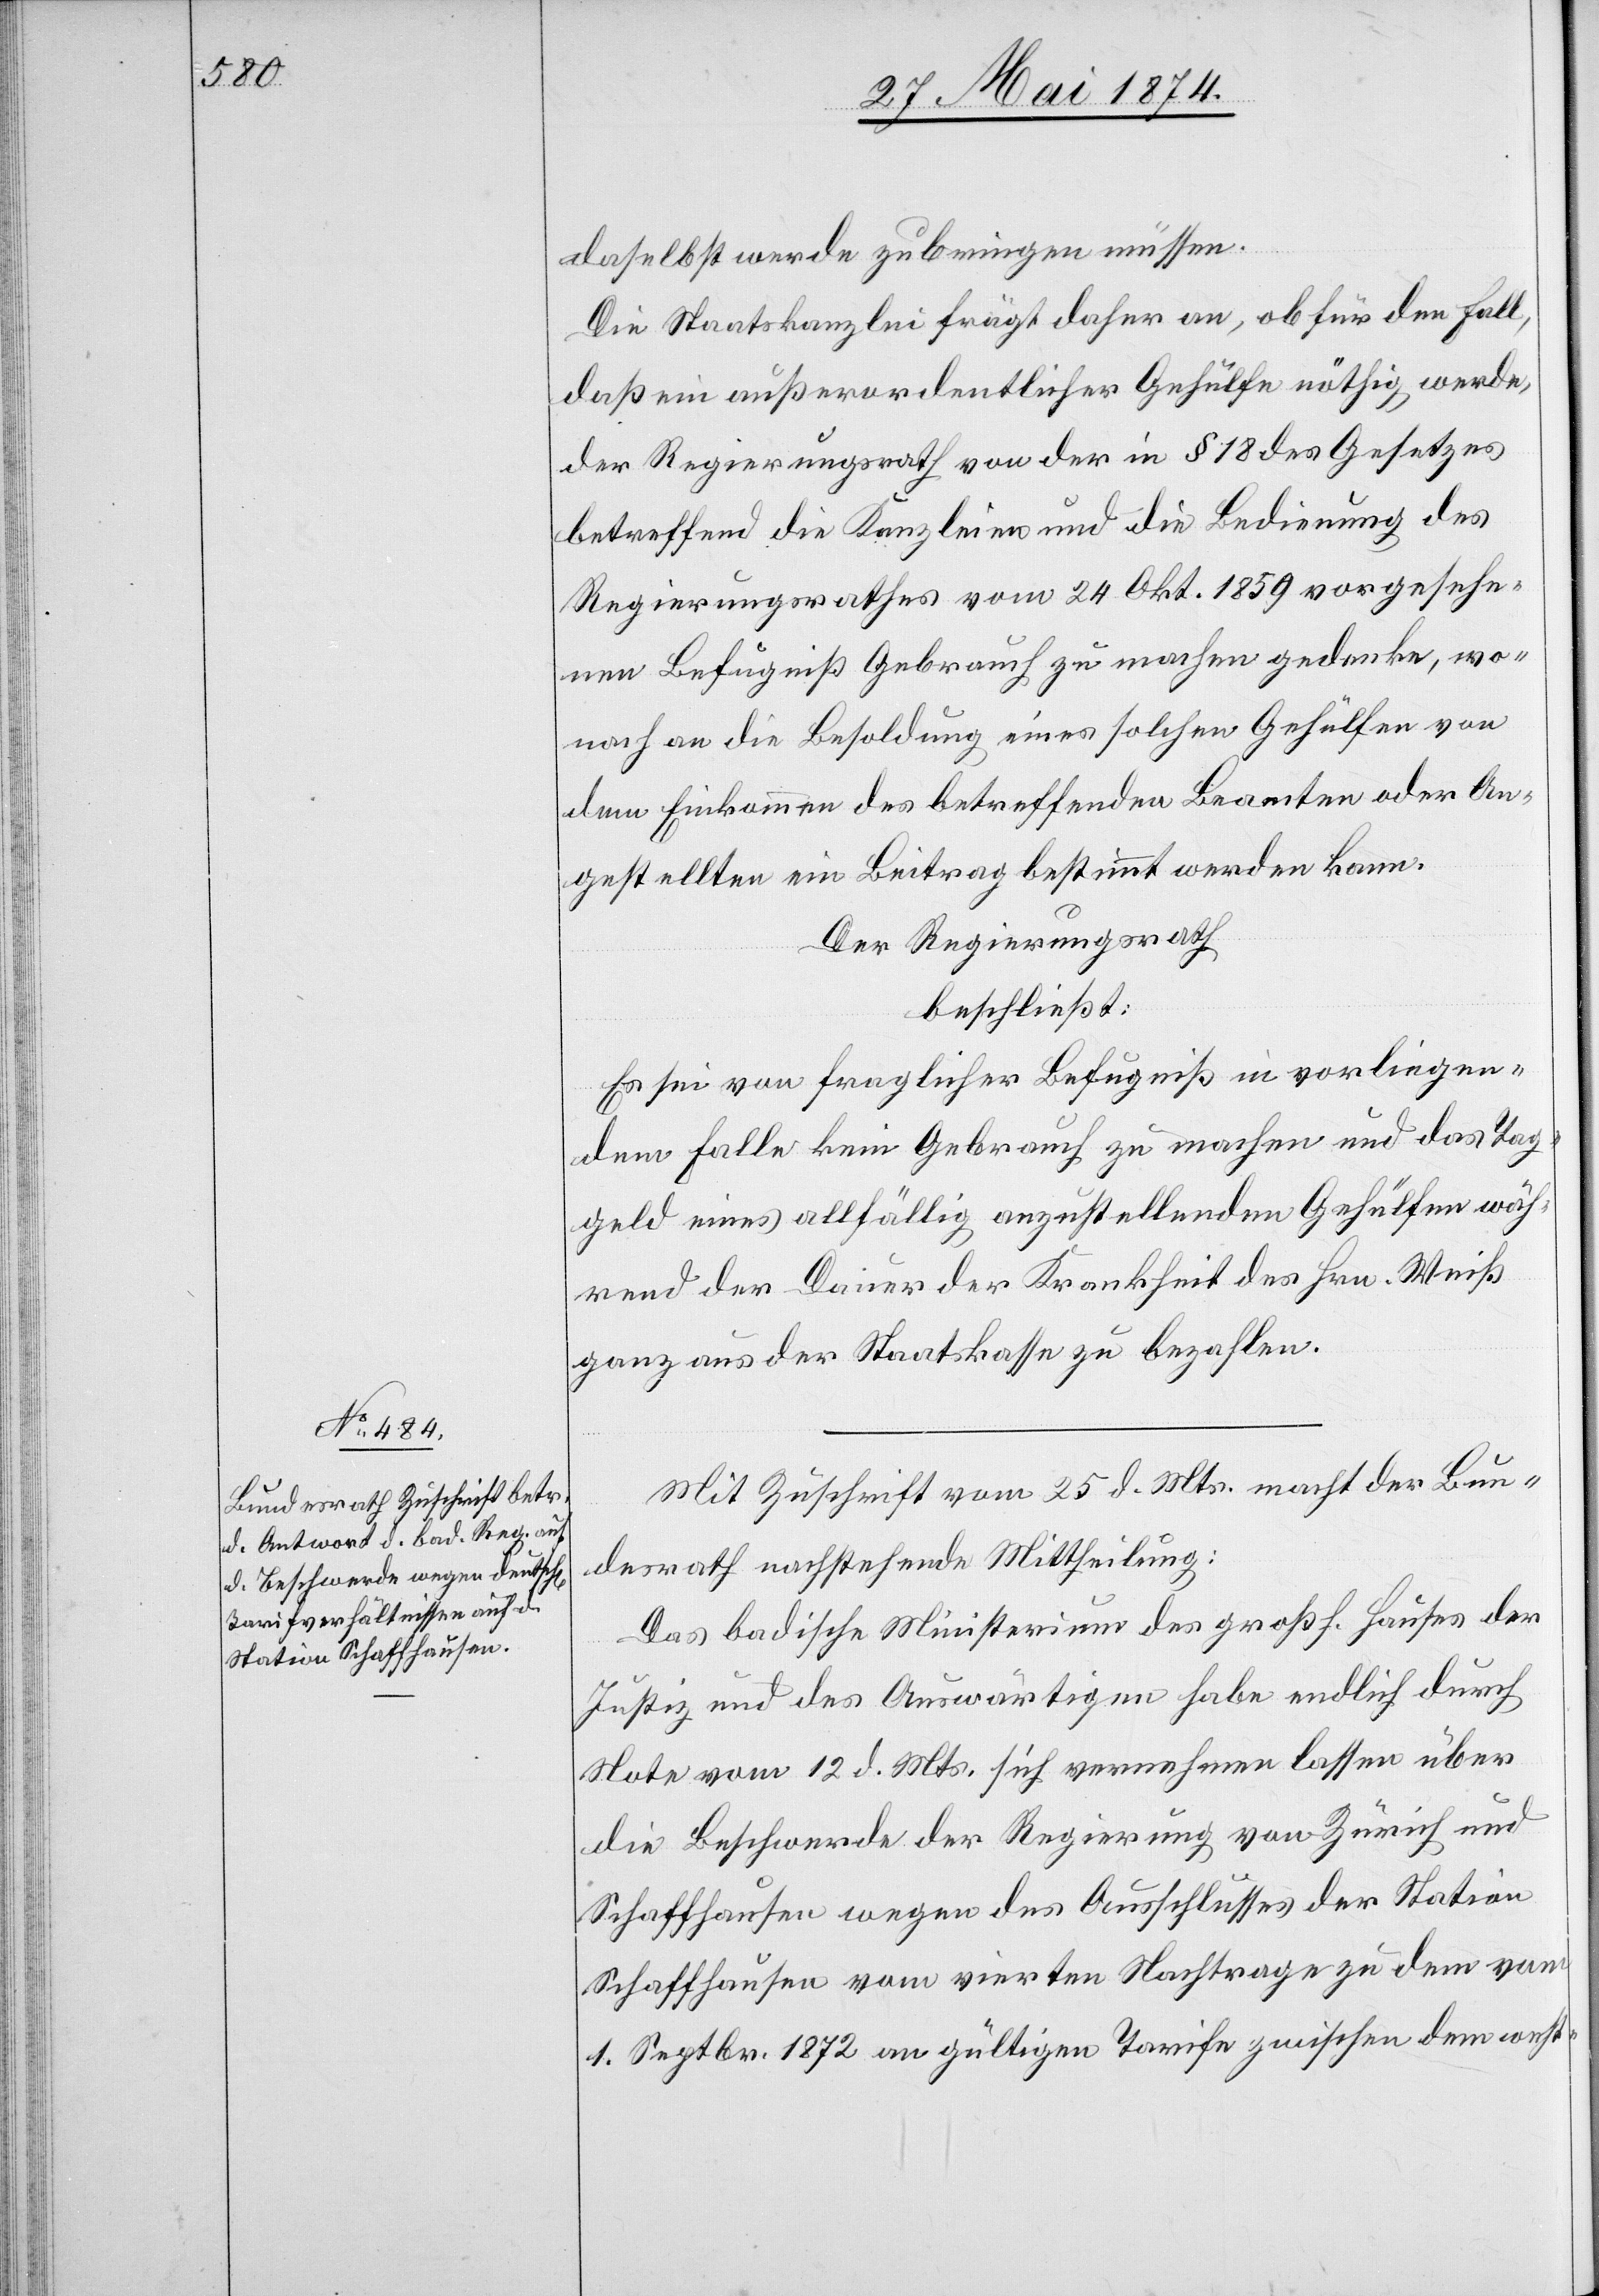
daselbst werde zu bringen müssen.
Die Staatskanzlei frägt daher an, ob für den Fall,
daß ein außerordentlicher Gehülfe nöthig werde,
der Regierungsrath von der in § 18 des Gesetzes
betreffend die Kanzleien und die Bedingung des
Regierungsrathes vom 24. Okt. 1859 vorgesehe¬
nen Befugniß Gebrauch zu machen gedenke, wo¬
nach an die Besoldung eines solchen Gehülfen von
dem Einkommen des betreffenden Beamten oder An¬
gestellten ein Beitrag bestimmt werden kann.
Der Regierungsrath
beschließt:
Es sei von fraglicher Befugniß in vorliegen¬
dem Falle kein Gebrauch zu machen und das Tag¬
geld eines allfällig anzustellenden Gehülfen wäh¬
rend der Dauer der Krankheit des Hrn. Weiß
ganz aus der Staatskasse zu bezahlen.
Mit Zuschrift vom 25. d. Mts. macht der Bun¬
desrath nachstehende Mittheilung:
Das badische Ministerium des großh. Hauses der
Justiz und des Auswärtigen habe endlich durch
Note vom 12. d. Mts. sich vernehmen lassen über
die Beschwerde der Regierung von Zürich und
Schaffhausen wegen des Ausschlusses der Station
Schaffhausen vom vierten Nachtrage zu dem vom
1. Septbr. 1872 an gültigem Tarife zwischen dem west-